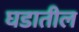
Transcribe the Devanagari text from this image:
घडातील